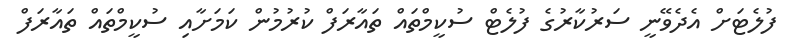
ފުލެޓަށް އެދެވޭނީ ސަރުކާރުގެ ފުލެޓް ސުކީމްތައް ތައާރަފް ކުރުމުން ކަމަށާއި ސުކީމްތައް ތައާރަފް